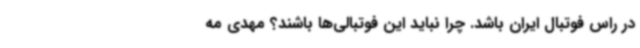
در راس فوتبال ایران باشد. چرا نباید این فوتبالی‌ها باشند؟ مهدی مه